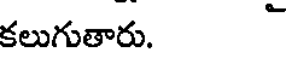
కలుగుతారు.